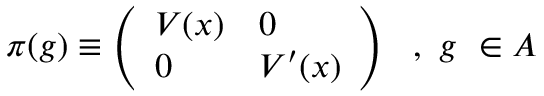
\pi ( g ) \equiv \left( \begin{array} { l l } { { V ( x ) } } & { { 0 } } \\ { { 0 } } & { { V ^ { \prime } ( x ) } } \end{array} \right) \, \, \, \, , \, \, g \, \, \in { \cal A }